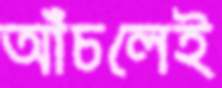
আঁচলেই